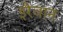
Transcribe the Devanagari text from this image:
इरैवान